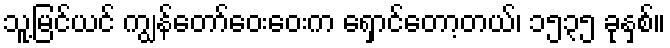
သူ့မြင်ယင် ကျွန်တော်ဝေးဝေးက ရှောင်တော့တယ်၊ ၁၅၃၅ ခုနှစ်။